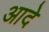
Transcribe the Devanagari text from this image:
आदे